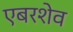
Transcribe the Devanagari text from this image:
एबरशेव